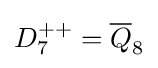
D_{7}^{++}={\overline {Q}}_{8}